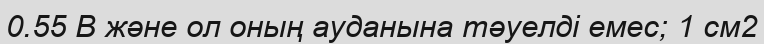
0.55 В және ол оның ауданына тәуелді емес; 1 см2